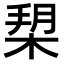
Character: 𣓞